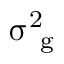
\upsigma _ { \mathrm { ~ g ~ } } ^ { 2 }